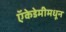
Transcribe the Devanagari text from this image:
ऍकेडेमीमधून